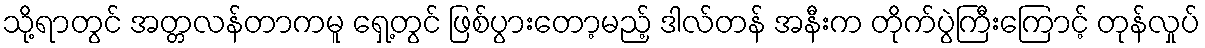
သို့ရာတွင် အတ္တလန်တာကမူ ရှေ့တွင် ဖြစ်ပွားတော့မည့် ဒါလ်တန် အနီးက တိုက်ပွဲကြီးကြောင့် တုန်လှုပ်